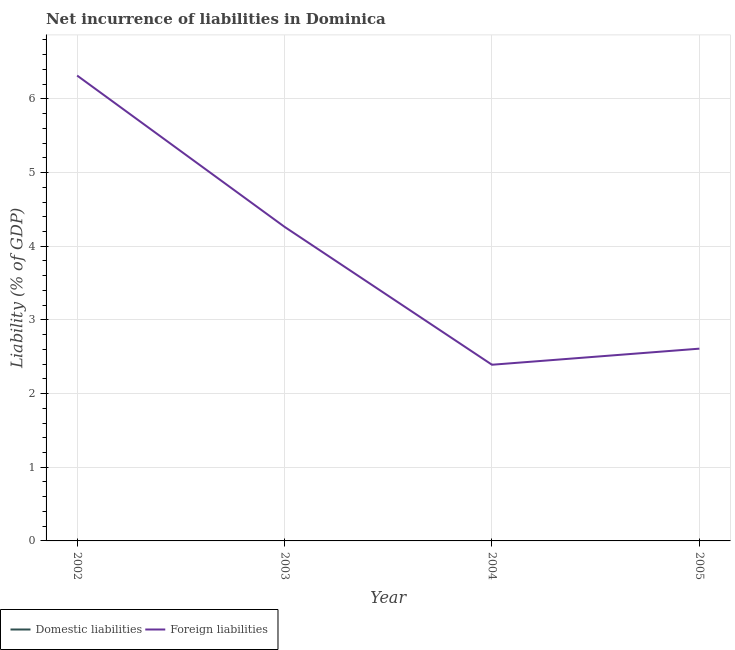
| Year | Domestic liabilities | Foreign liabilities |
 | --- | --- | --- |
 | 2002 | -4.73 | 6.32 |
 | 2003 | -2.14 | 4.26 |
 | 2004 | -2.24 | 2.39 |
 | 2005 | -1.49 | 2.61 |